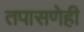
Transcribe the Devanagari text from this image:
तपासणेही